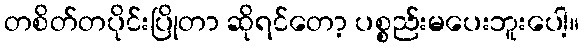
တစိတ်တပိုင်းပြိုတာ ဆိုရင်တော့ ပစ္စည်းမပေးဘူးပေါ့။